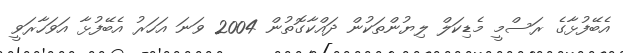
އެބޭފުޅާގެ ރަސްމީ މެޑިކަލް ލިޔުންތަކުން ދައްކާގޮތުން 2004 ވަނަ އަހަރު އެބޭފުޅާ އަވަހާރަވީ